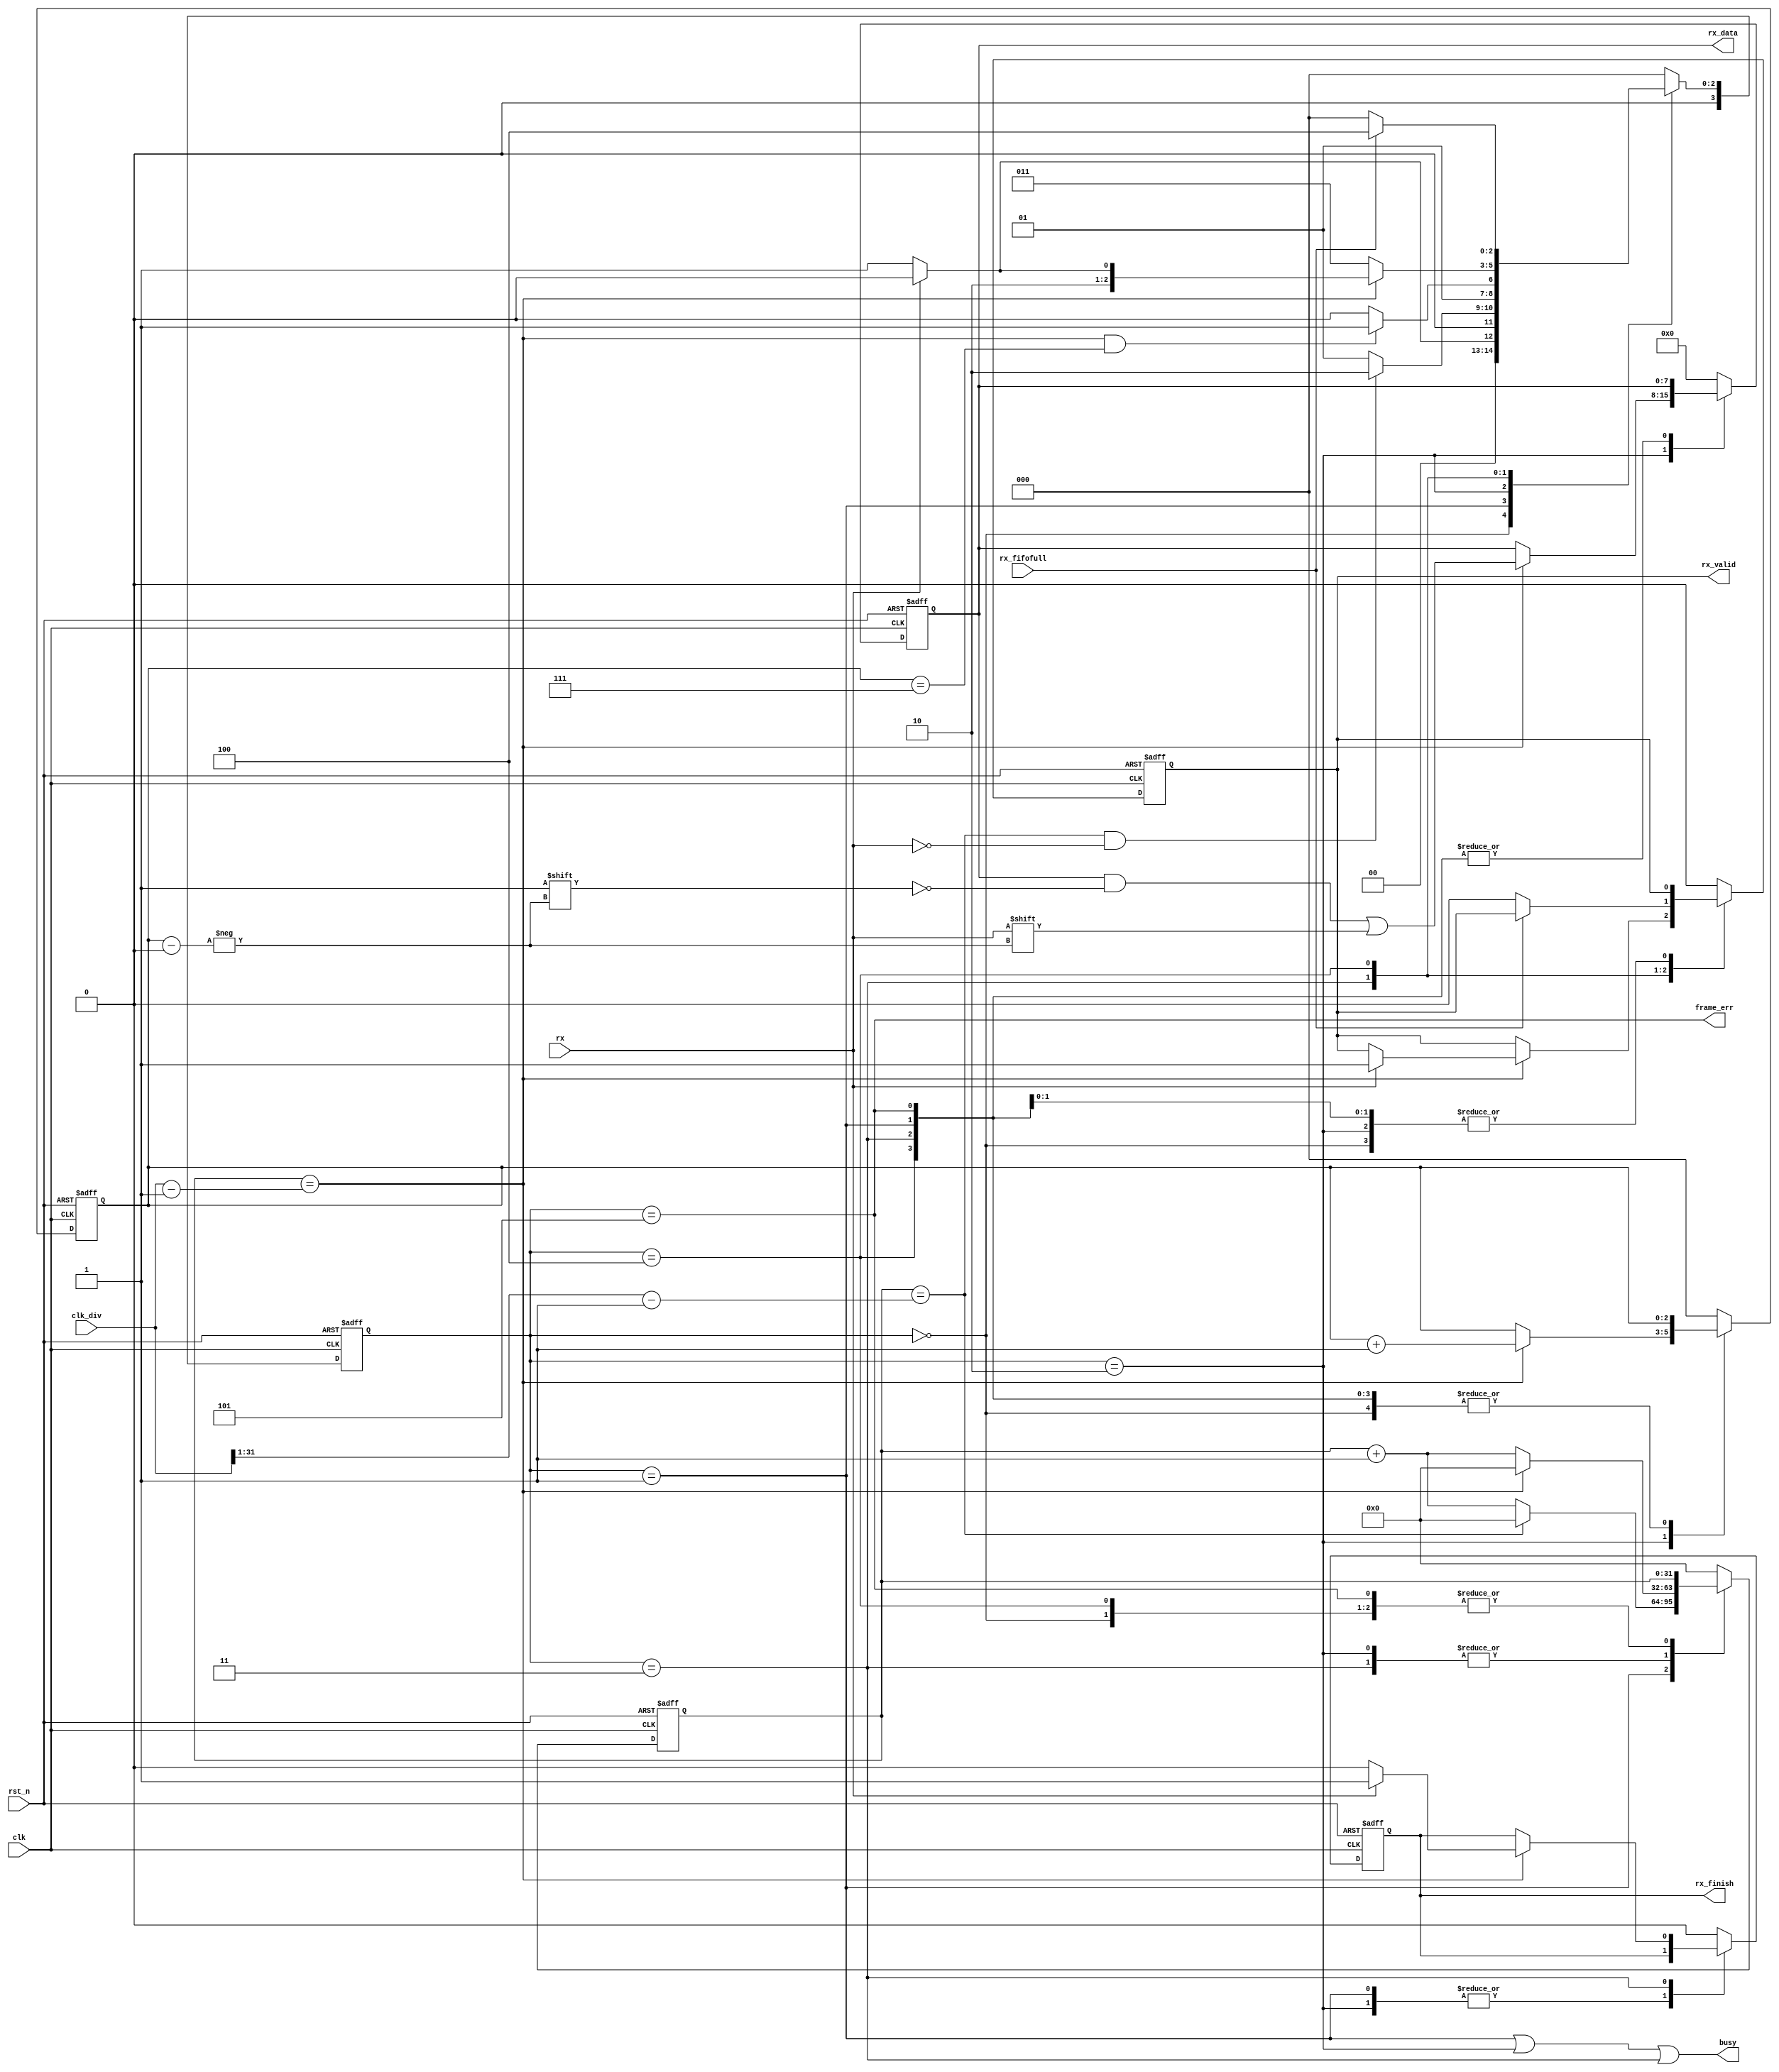
module uart_receive (
  input wire        rst_n,
  input wire        clk,
  input wire [31:0] clk_div,
  input wire        rx,
  output reg        rx_finish,
  output reg        rx_valid,
  output reg [7:0]  rx_data,
  input wire        rx_fifofull,
  output wire        frame_err,
  output wire        busy
);

parameter WAIT        = 4'b0000;
parameter START_BIT   = 4'b0001;
parameter GET_DATA    = 4'b0010;
parameter STOP_BIT    = 4'b0011;
parameter WAIT_READ   = 4'b0100;
parameter FRAME_ERR   = 4'b0101;
// parameter FINISH      = 4'b0110;

//=====================================================================
//   LOGIC DECLARATION
//=====================================================================
reg [3:0] cur_state, next_state;
reg [31:0] clk_cnt;
reg [2:0] rx_index, tx_index;

//=====================================================================
//   FSM
//=====================================================================
// Current state
always @(posedge clk or negedge rst_n) begin
    if (~rst_n)
        cur_state <= WAIT;
    else
        cur_state <= next_state;
end
// Next state
always @(*) begin
    case (cur_state)
        WAIT: begin
            if (rx == 1'b0) // Start bit detected
                next_state = START_BIT;
            else
                next_state = WAIT;
        end
        START_BIT: begin
            // Check middle of start bit to make sure it's still low
            if (clk_cnt == ((clk_div >> 1) - 1) && rx == 1'b0)
                next_state = GET_DATA;
            else
                next_state = START_BIT;
        end
        GET_DATA: begin
            // Wait CLKS_PER_BIT-1 clock cycles to sample serial data
            if (clk_cnt == (clk_div - 1) && rx_index == 3'b111)
                next_state = STOP_BIT;
            else
                next_state = GET_DATA;
        end
        STOP_BIT: begin
            // Receive Stop bit.  Stop bit = 1
            if (clk_cnt == (clk_div - 1)) begin
                if (rx == 1'b1) begin
                    next_state = WAIT_READ;
                end else begin
                    next_state = FRAME_ERR;
                end
            end else begin
                next_state = STOP_BIT;
            end
        end
        // FINISH: next_state = WAIT_READ;
        WAIT_READ: begin
            if (rx_fifofull) next_state = WAIT_READ;
            else next_state = WAIT;
        end
        FRAME_ERR: next_state = WAIT;
        default: next_state = WAIT;
    endcase
end

//=====================================================================
//   DATA PATH & CONTROL
//=====================================================================
always @(posedge clk or negedge rst_n) begin
    if (~rst_n) begin
        clk_cnt   <= 32'h0000_0000;
        rx_index  <= 3'b000;
        rx_finish <= 1'b0;
        rx_data   <= 8'h0;
        rx_valid <= 1'b0;
    end else begin
        case (cur_state)
            WAIT: begin
                rx_finish <= 1'b0;
                rx_data <= 8'b0;
            end 
            START_BIT: begin
                if (clk_cnt == ((clk_div >> 1) - 1))
                    clk_cnt <= 32'h0000_0000;
                else
                    clk_cnt <= clk_cnt + 32'h0000_0001;    
            end
            GET_DATA: begin
                if (clk_cnt == (clk_div - 1)) begin
                    clk_cnt <= 32'h0000_0000;
                    rx_index <= rx_index + 3'b001;
                    rx_data[rx_index] <= rx;
                    //$display("rx data bit index:%d %b", rx_index, rx_data[rx_index]);
                end else begin
                    clk_cnt <= clk_cnt + 32'h0000_0001;
                end
            end
            STOP_BIT: begin
                if(clk_cnt == (clk_div - 1)) begin
                    clk_cnt <= 32'h0000_0000;
                    if (rx == 1'b1) begin
                        rx_finish <= 1'b1;
                        rx_valid <= 1'b1;
                    end else begin
                        rx_finish <= 1'b0;  
                    end 
                end else begin
                    clk_cnt <= clk_cnt + 32'h0000_0001;
                end
            end
            WAIT_READ: begin
                rx_finish <= 1'b0;
                if(~rx_fifofull) rx_valid <= 1'b0;
            end
            FRAME_ERR: begin
                rx_finish <= 0;
            end
            default: begin
                clk_cnt   <= 32'h0000_0000;
                rx_index  <= 3'b000;
                rx_finish <= 1'b0;
                rx_data   <= 8'h0;
                rx_valid <= 1'b0;
            end
        endcase
    end
end
assign busy = (
    cur_state == START_BIT ||
    cur_state == GET_DATA ||
    cur_state == STOP_BIT);
assign frame_err = (cur_state == FRAME_ERR);

endmodule